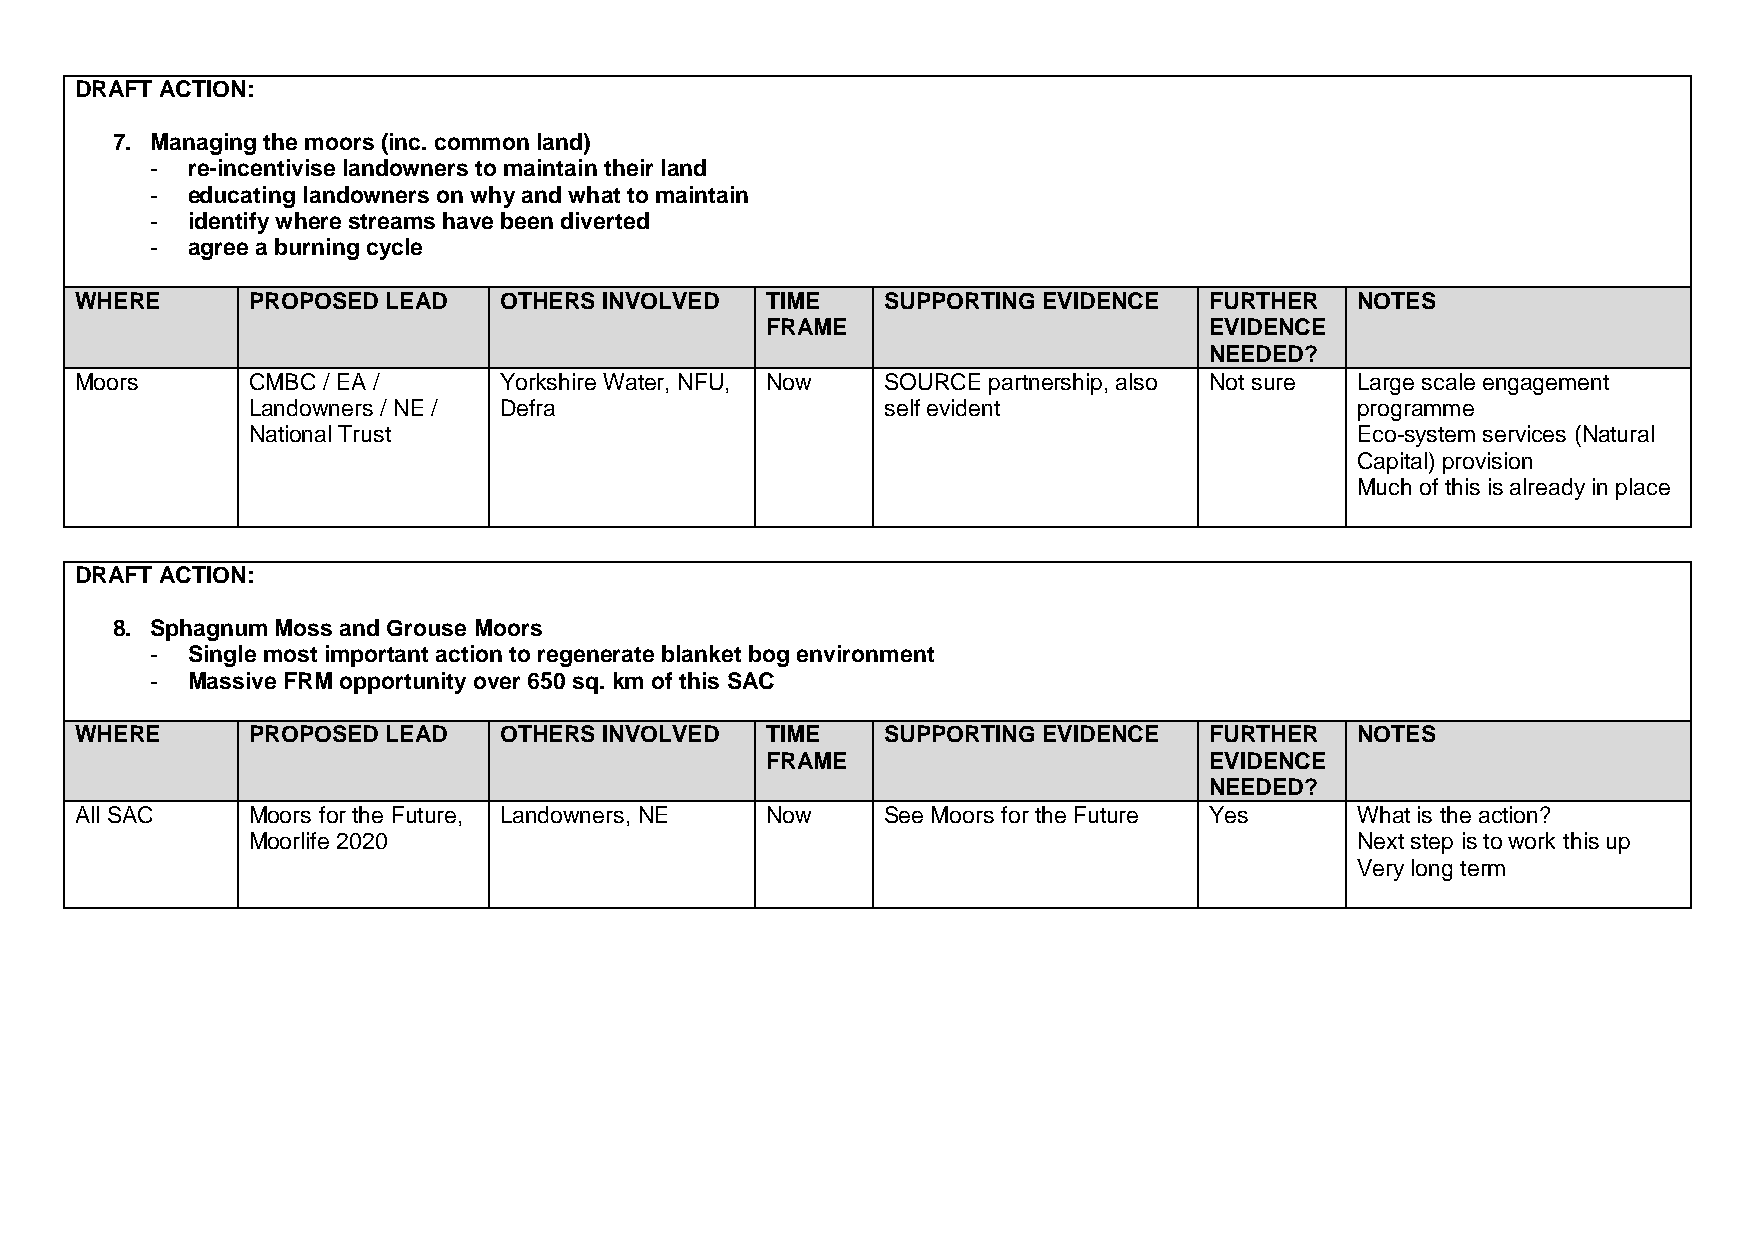
DRAFT ACTION:
 7. Managing the moors (inc. common land)
 - re-incentivise landowners to maintain their land
 - educating landowners on why and what to maintain
 - identify where streams have been diverted
 - agree a burning cycle
 WHERE      PROPOSED  LEAD   OTHERS INVOLVED   TIME    SUPPORTING EVIDENCE  FURTHER   NOTES
 FRAME                        EVIDENCE
 NEEDED?
 Moors      CMBC / EA /      Yorkshire Water, NFU, Now SOURCE partnership, also Not sure Large scale engagement
 Landowners / NE / Defra                    self evident                   programme
 National Trust                                                            Eco-system services (Natural
 Capital) provision
 Much of this is already in place
 DRAFT ACTION:
 8. Sphagnum Moss and Grouse Moors
 - Single most important action to regenerate blanket bog environment
 - Massive FRM opportunity over 650 sq. km of this SAC
 WHERE      PROPOSED  LEAD   OTHERS INVOLVED   TIME    SUPPORTING EVIDENCE  FURTHER   NOTES
 FRAME                        EVIDENCE
 NEEDED?
 All SAC    Moors for the Future, Landowners, NE Now   See Moors for the Future Yes   What is the action?
 Moorlife 2020                                                             Next step is to work this up
 Very long term